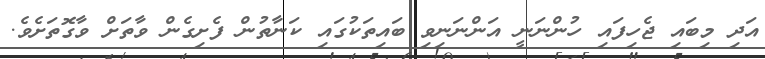
އަދި މިބައި ޖެހިފައި ހުންނަނީ އަންނަނިވި ބައިތަކުގައި ކަނާތުން ފެށިގެން ވާތަށް ވާގޮތަށެވެ.